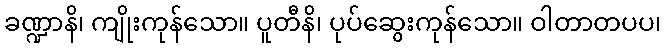
ခဏ္ဍာနိ၊ ကျိုးကုန်သော။ ပူတီနိ၊ ပုပ်ဆွေးကုန်သော။ ဝါတာတပပ၊